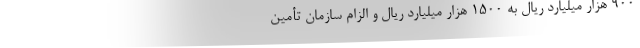
900 هزار میلیارد ریال به 1500 هزار میلیارد ریال و الزام سازمان تأمین